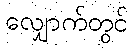
လျှောက်တွင်